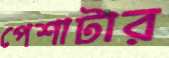
পেশাটার